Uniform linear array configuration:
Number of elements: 48
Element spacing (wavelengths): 0.75
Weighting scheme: hamming
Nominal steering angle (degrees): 0
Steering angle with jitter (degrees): -1.84
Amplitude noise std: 0.05
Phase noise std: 0.05

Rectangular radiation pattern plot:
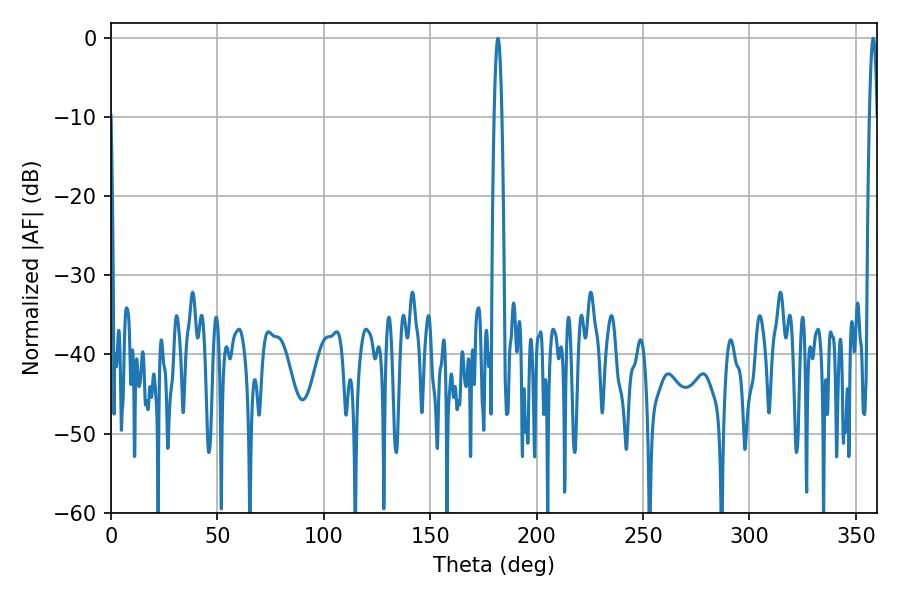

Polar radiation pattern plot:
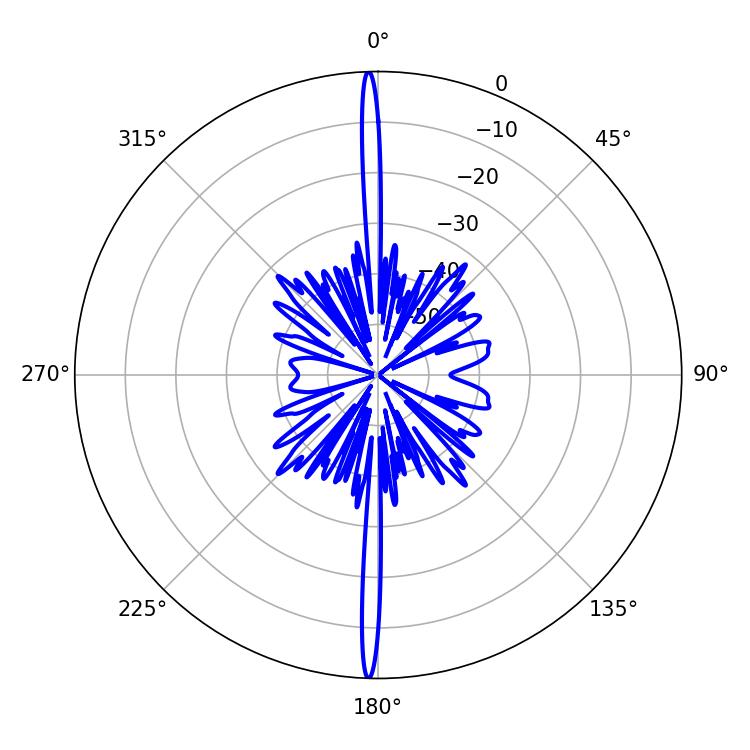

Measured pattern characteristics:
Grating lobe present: TRUE
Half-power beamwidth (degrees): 1.98
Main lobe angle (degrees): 181.8